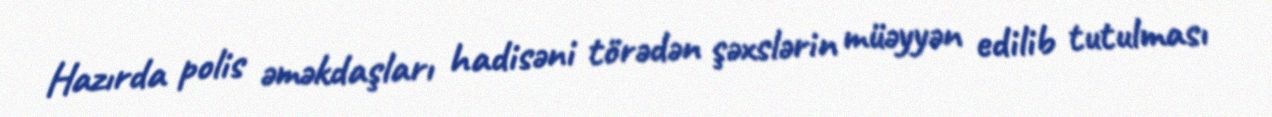
Hazırda polis əməkdaşları hadisəni törədən şəxslərin müəyyən edilib tutulması